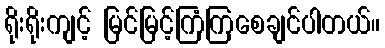
ရိုးရိုးကျင့် မြင်မြင့်ကြံကြစေချင်ပါတယ်။